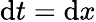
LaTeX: \mathrm{d}t=\mathrm{d}x